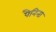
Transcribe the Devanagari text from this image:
पैनिना